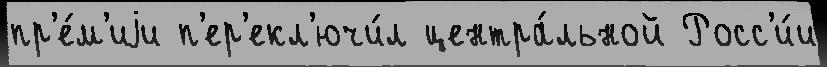
пр'е́м'иjи п'ер'екл'ючи́л центра́льной Росс'и́и